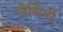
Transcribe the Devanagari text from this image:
लैर्सिनी